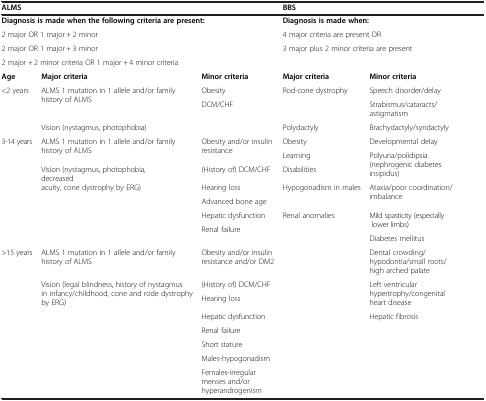
| <COLSPAN=3> ALMS | <COLSPAN=2> BBS |
 | --- | --- | --- | --- | --- |
 | <COLSPAN=3> Diagnosis is made when the following criteria are present: | <COLSPAN=2> Diagnosis is made when: |
 | <COLSPAN=3> 2 major OR 1 major + 2 minor | <COLSPAN=2> 4 major criteria are present OR |
 | <COLSPAN=3> 2 major OR 1 major + 3 minor | <ROWSPAN=2-COLSPAN=2> 3 major plus 2 minor criteria are present |
 | <COLSPAN=3> 2 major + 2 minor criteria OR 1 major + 4 minor criteria |
 | Age | Major criteria | Minor criteria | Major criteria | Minor criteria |
 | <ROWSPAN=3> <2 years | <ROWSPAN=2> ALMS 1 mutation in 1 allele and/or family history of ALMS | Obesity | <ROWSPAN=2> Rod-cone dystrophy | Speech disorder/delay |
 | <ROWSPAN=2> DCM/CHF | Strabismus/cataracts/astigmatism |
 | Vision (nystagmus, photophobia) | Polydactyly | Brachydactyly/syndactyly |
 | <ROWSPAN=8> 3-14 years | <ROWSPAN=2> ALMS 1 mutation in 1 allele and/or family history of ALMS | <ROWSPAN=2> Obesity and/or insulin resistance | Obesity | Developmental delay |
 | Learning | <ROWSPAN=2> Polyuria/polidipsia (nephrogenic diabetes insipidus) |
 | <ROWSPAN=6> Vision (nystagmus, photophobia, decreased acuity, cone dystrophy by ERG) | (History of) DCM/CHF | Disabilities |
 | Hearing loss | <ROWSPAN=2> Hypogonadism in males | <ROWSPAN=2> Ataxia/poor coordination/imbalance |
 | Advanced bone age |
 | Hepatic dysfunction | <ROWSPAN=10> Renal anomalies | <ROWSPAN=2> Mild spasticity (especially lower limbs) |
 | <ROWSPAN=2> Renal failure |
 | Diabetes mellitus |
 | <ROWSPAN=7> >15 years | ALMS 1 mutation in 1 allele and/or family history of ALMS | Obesity and/or insulin resistance and/or DM2 | Dental crowding/hypodontia/small roots/high arched palate |
 | <ROWSPAN=6> Vision (legal blindness, history of nystagmus in infancy/childhood, cone and rode dystrophy by ERG) | (History of) DCM/CHF | <ROWSPAN=2> Left ventricular hypertrophy/congenital heart disease |
 | Hearing loss |
 | Hepatic dysfunction | <ROWSPAN=4> Hepatic fibrosis |
 | Renal failure |
 | Short stature |
 | Males-hypogonadism |
 |  |  | Females-irregular menses and/or hyperandrogenism |  |  |